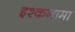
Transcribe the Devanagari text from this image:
इश्कनामा